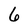
Character: 6